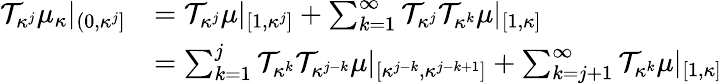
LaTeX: \begin{array}{rl}{\mathcal{T}_{\kappa^{j}}\mu_{\kappa}|_{(0,\kappa^{j}]}}&{=\mathcal{T}_{\kappa^{j}}\mu|_{[1,\kappa^{j}]}+\sum_{k=1}^{\infty}\mathcal{T}_{\kappa^{j}}\mathcal{T}_{\kappa^{k}}\mu|_{[1,\kappa]}}\\ &{=\sum_{k=1}^{j}\mathcal{T}_{\kappa^{k}}\mathcal{T}_{\kappa^{j-k}}\mu|_{[\kappa^{j-k},\kappa^{j-k+1}]}+\sum_{k=j+1}^{\infty}\mathcal{T}_{\kappa^{k}}\mu|_{[1,\kappa]}}\end{array}